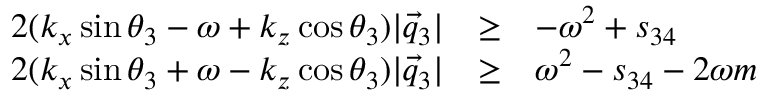
\begin{array} { l l l } { { 2 ( k _ { x } \sin \theta _ { 3 } - \omega + k _ { z } \cos \theta _ { 3 } ) | \vec { q } _ { 3 } | } } & { { \ge } } & { { - \omega ^ { 2 } + s _ { 3 4 } } } \\ { { 2 ( k _ { x } \sin \theta _ { 3 } + \omega - k _ { z } \cos \theta _ { 3 } ) | \vec { q } _ { 3 } | } } & { { \ge } } & { { \omega ^ { 2 } - s _ { 3 4 } - 2 \omega m } } \end{array}